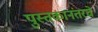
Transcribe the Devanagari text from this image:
पुस्तकानंतरचे